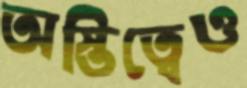
অস্তিত্বেও